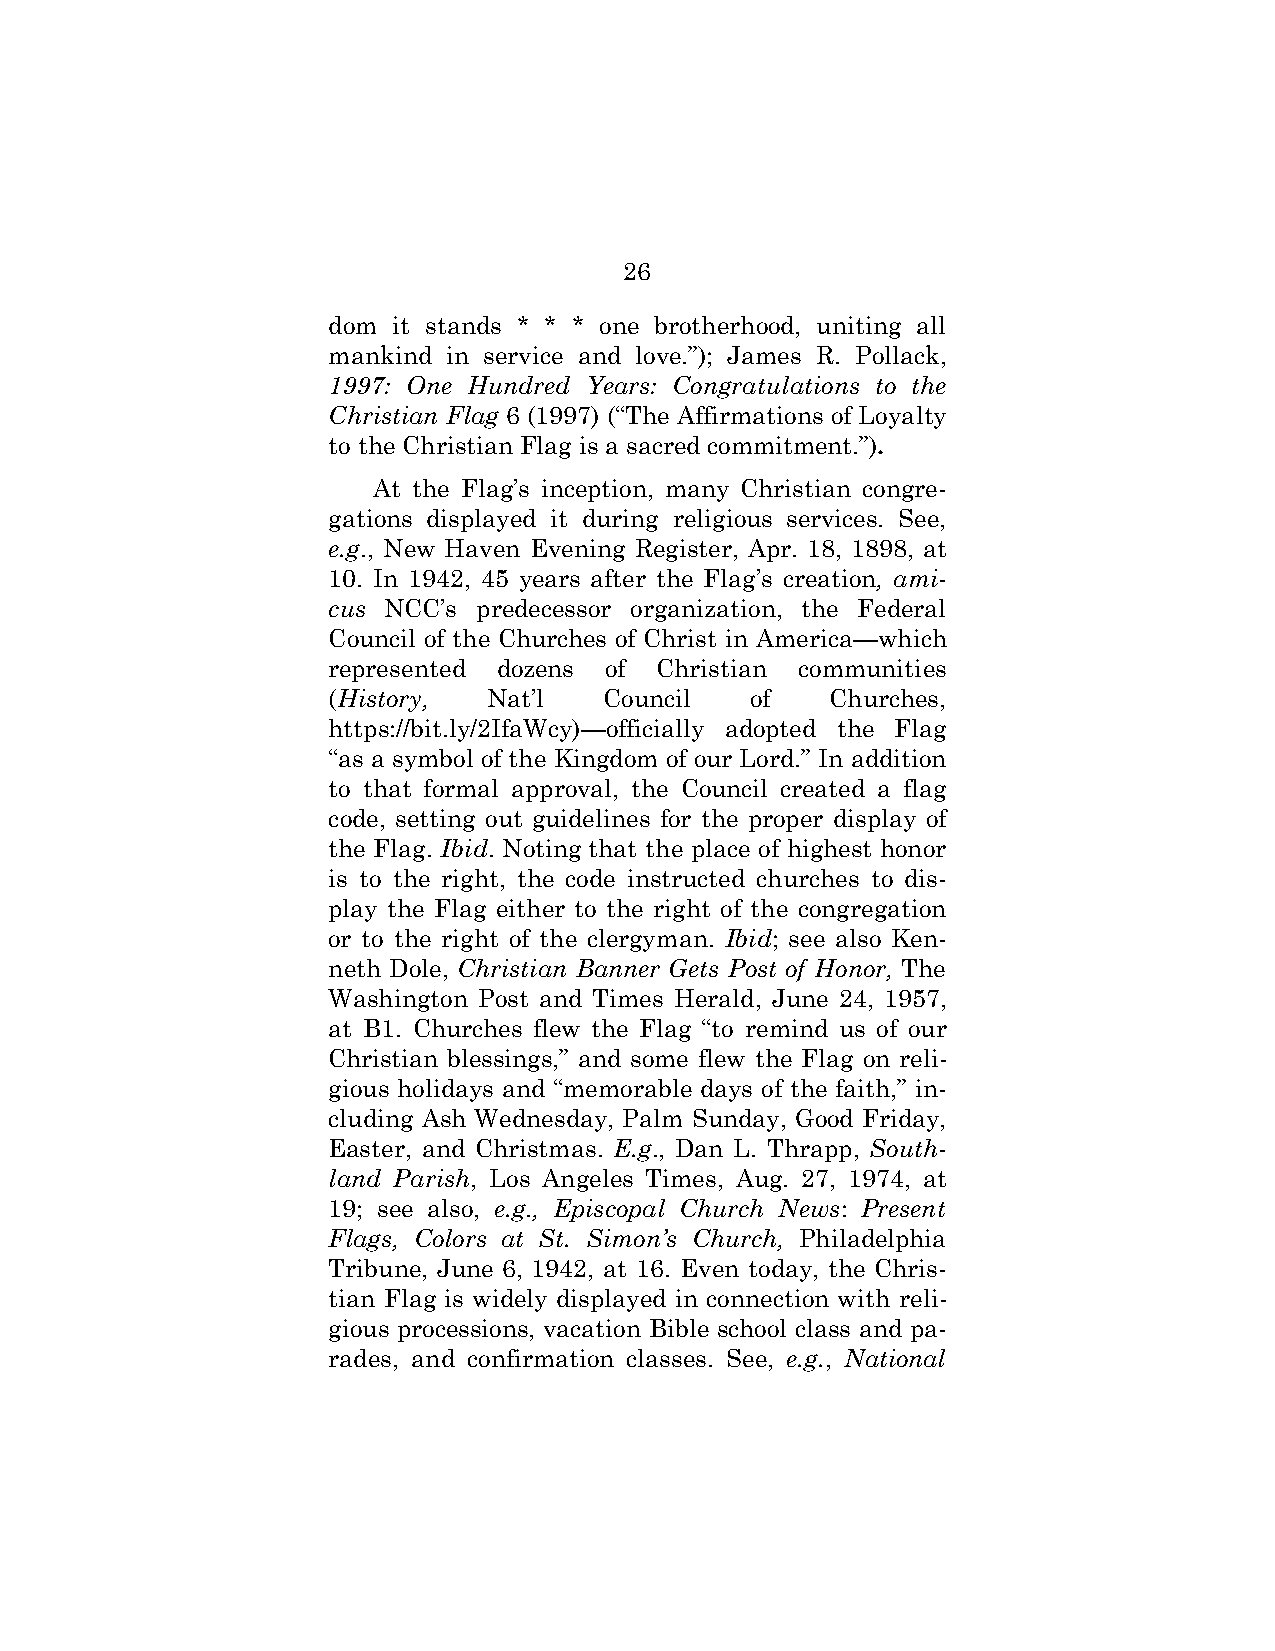
26
 dom it stands * * * one brotherhood, uniting all
 mankind in service and love.”); James R. Pollack,
 1997: One Hundred Years: Congratulations to the
 Christian Flag 6 (1997) (“The Affirmations of Loyalty
 to the Christian Flag is a sacred commitment.”).
 At the Flag’s inception, many Christian congre-
 gations displayed it during religious services. See,
 e.g., New Haven Evening Register, Apr. 18, 1898, at
 10. In 1942, 45 years after the Flag’s creation, ami-
 cus NCC’s predecessor organization, the Federal
 Council of the Churches of Christ in America—which
 represented dozens of Christian communities
 (History, Nat’l   Council   of   Churches,
 https://bit.ly/2IfaWcy)—officially adopted the Flag
 “as a symbol of the Kingdom of our Lord.” In addition
 to that formal approval, the Council created a flag
 code, setting out guidelines for the proper display of
 the Flag. Ibid. Noting that the place of highest honor
 is to the right, the code instructed churches to dis-
 play the Flag either to the right of the congregation
 or to the right of the clergyman. Ibid; see also Ken-
 neth Dole, Christian Banner Gets Post of Honor, The
 Washington Post and Times Herald, June 24, 1957,
 at B1. Churches flew the Flag “to remind us of our
 Christian blessings,” and some flew the Flag on reli-
 gious holidays and “memorable days of the faith,” in-
 cluding Ash Wednesday, Palm Sunday, Good Friday,
 Easter, and Christmas. E.g., Dan L. Thrapp, South-
 land Parish, Los Angeles Times, Aug. 27, 1974, at
 19; see also, e.g., Episcopal Church News: Present
 Flags, Colors at St. Simon’s Church, Philadelphia
 Tribune, June 6, 1942, at 16. Even today, the Chris-
 tian Flag is widely displayed in connection with reli-
 gious processions, vacation Bible school class and pa-
 rades, and confirmation classes. See, e.g., National